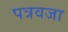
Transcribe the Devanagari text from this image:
पत्रवजा